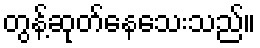
တွန့်ဆုတ်နေသေးသည်။